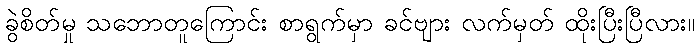
ခွဲစိတ်မှု သဘောတူကြောင်း စာရွက်မှာ ခင်ဗျား လက်မှတ် ထိုးပြီးပြီလား။